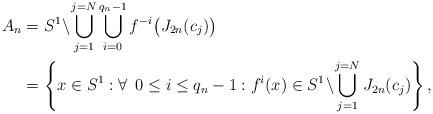
LaTeX: \begin{align*}A_n&=S^1\!\setminus\!\bigcup_{j=1}^{j=N}\bigcup_{i=0}^{q_n-1}f^{-i}\big(J_{2n}(c_j)\big)\\&=\left\{x \in S^1:\forall\,\,\, 0 \leq i \leq q_n-1:f^i(x) \in S^1\!\setminus\!\bigcup_{j=1}^{j=N}J_{2n}(c_j)\right\},\end{align*}